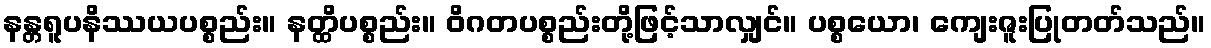
နန္တရူပနိဿယပစ္စည်း။ နတ္ထိပစ္စည်း။ ဝိဂတပစ္စည်းတို့ဖြင့်သာလျှင်။ ပစ္စယော၊ ကျေးဇူးပြုတတ်သည်။